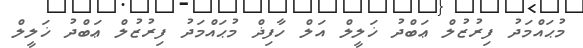
މުޙައްމަދު ފިރުޒުލް ޢަބްދު ޚަލީލް އަލް ހާފިޛް މުޙައްމަދު ފިރުޒުލް ޢަބްދު ޚަލީލް